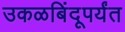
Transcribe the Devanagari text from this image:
उकळबिंदूपर्यंत